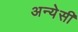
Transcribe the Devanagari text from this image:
अन्येसी